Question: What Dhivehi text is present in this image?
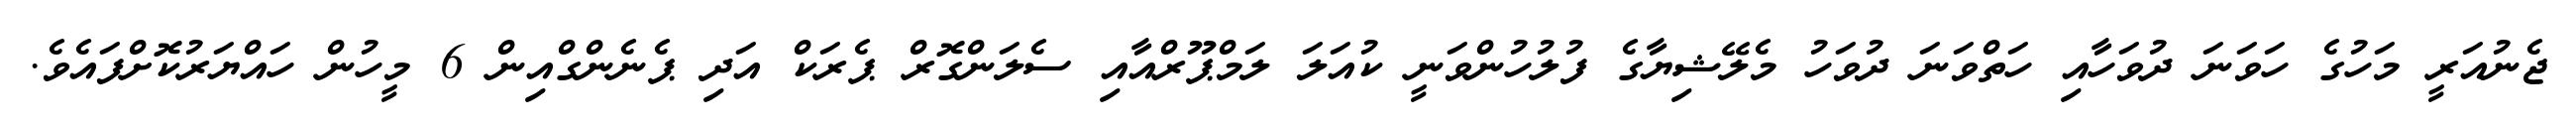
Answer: ޖެނުއަރީ މަހުގެ ހަވަނަ ދުވަހާއި ހަތްވަނަ ދުވަހު މެލޭޝިޔާގެ ފުލުހުންވަނީ ކުއަލަ ލަމްޕޫރްއާއި ސެލަންގޮރް ޕެރަކް އަދި ޕެނެންގްއިން 6 މީހުން ހައްޔަރުކޮށްފައެވެ.